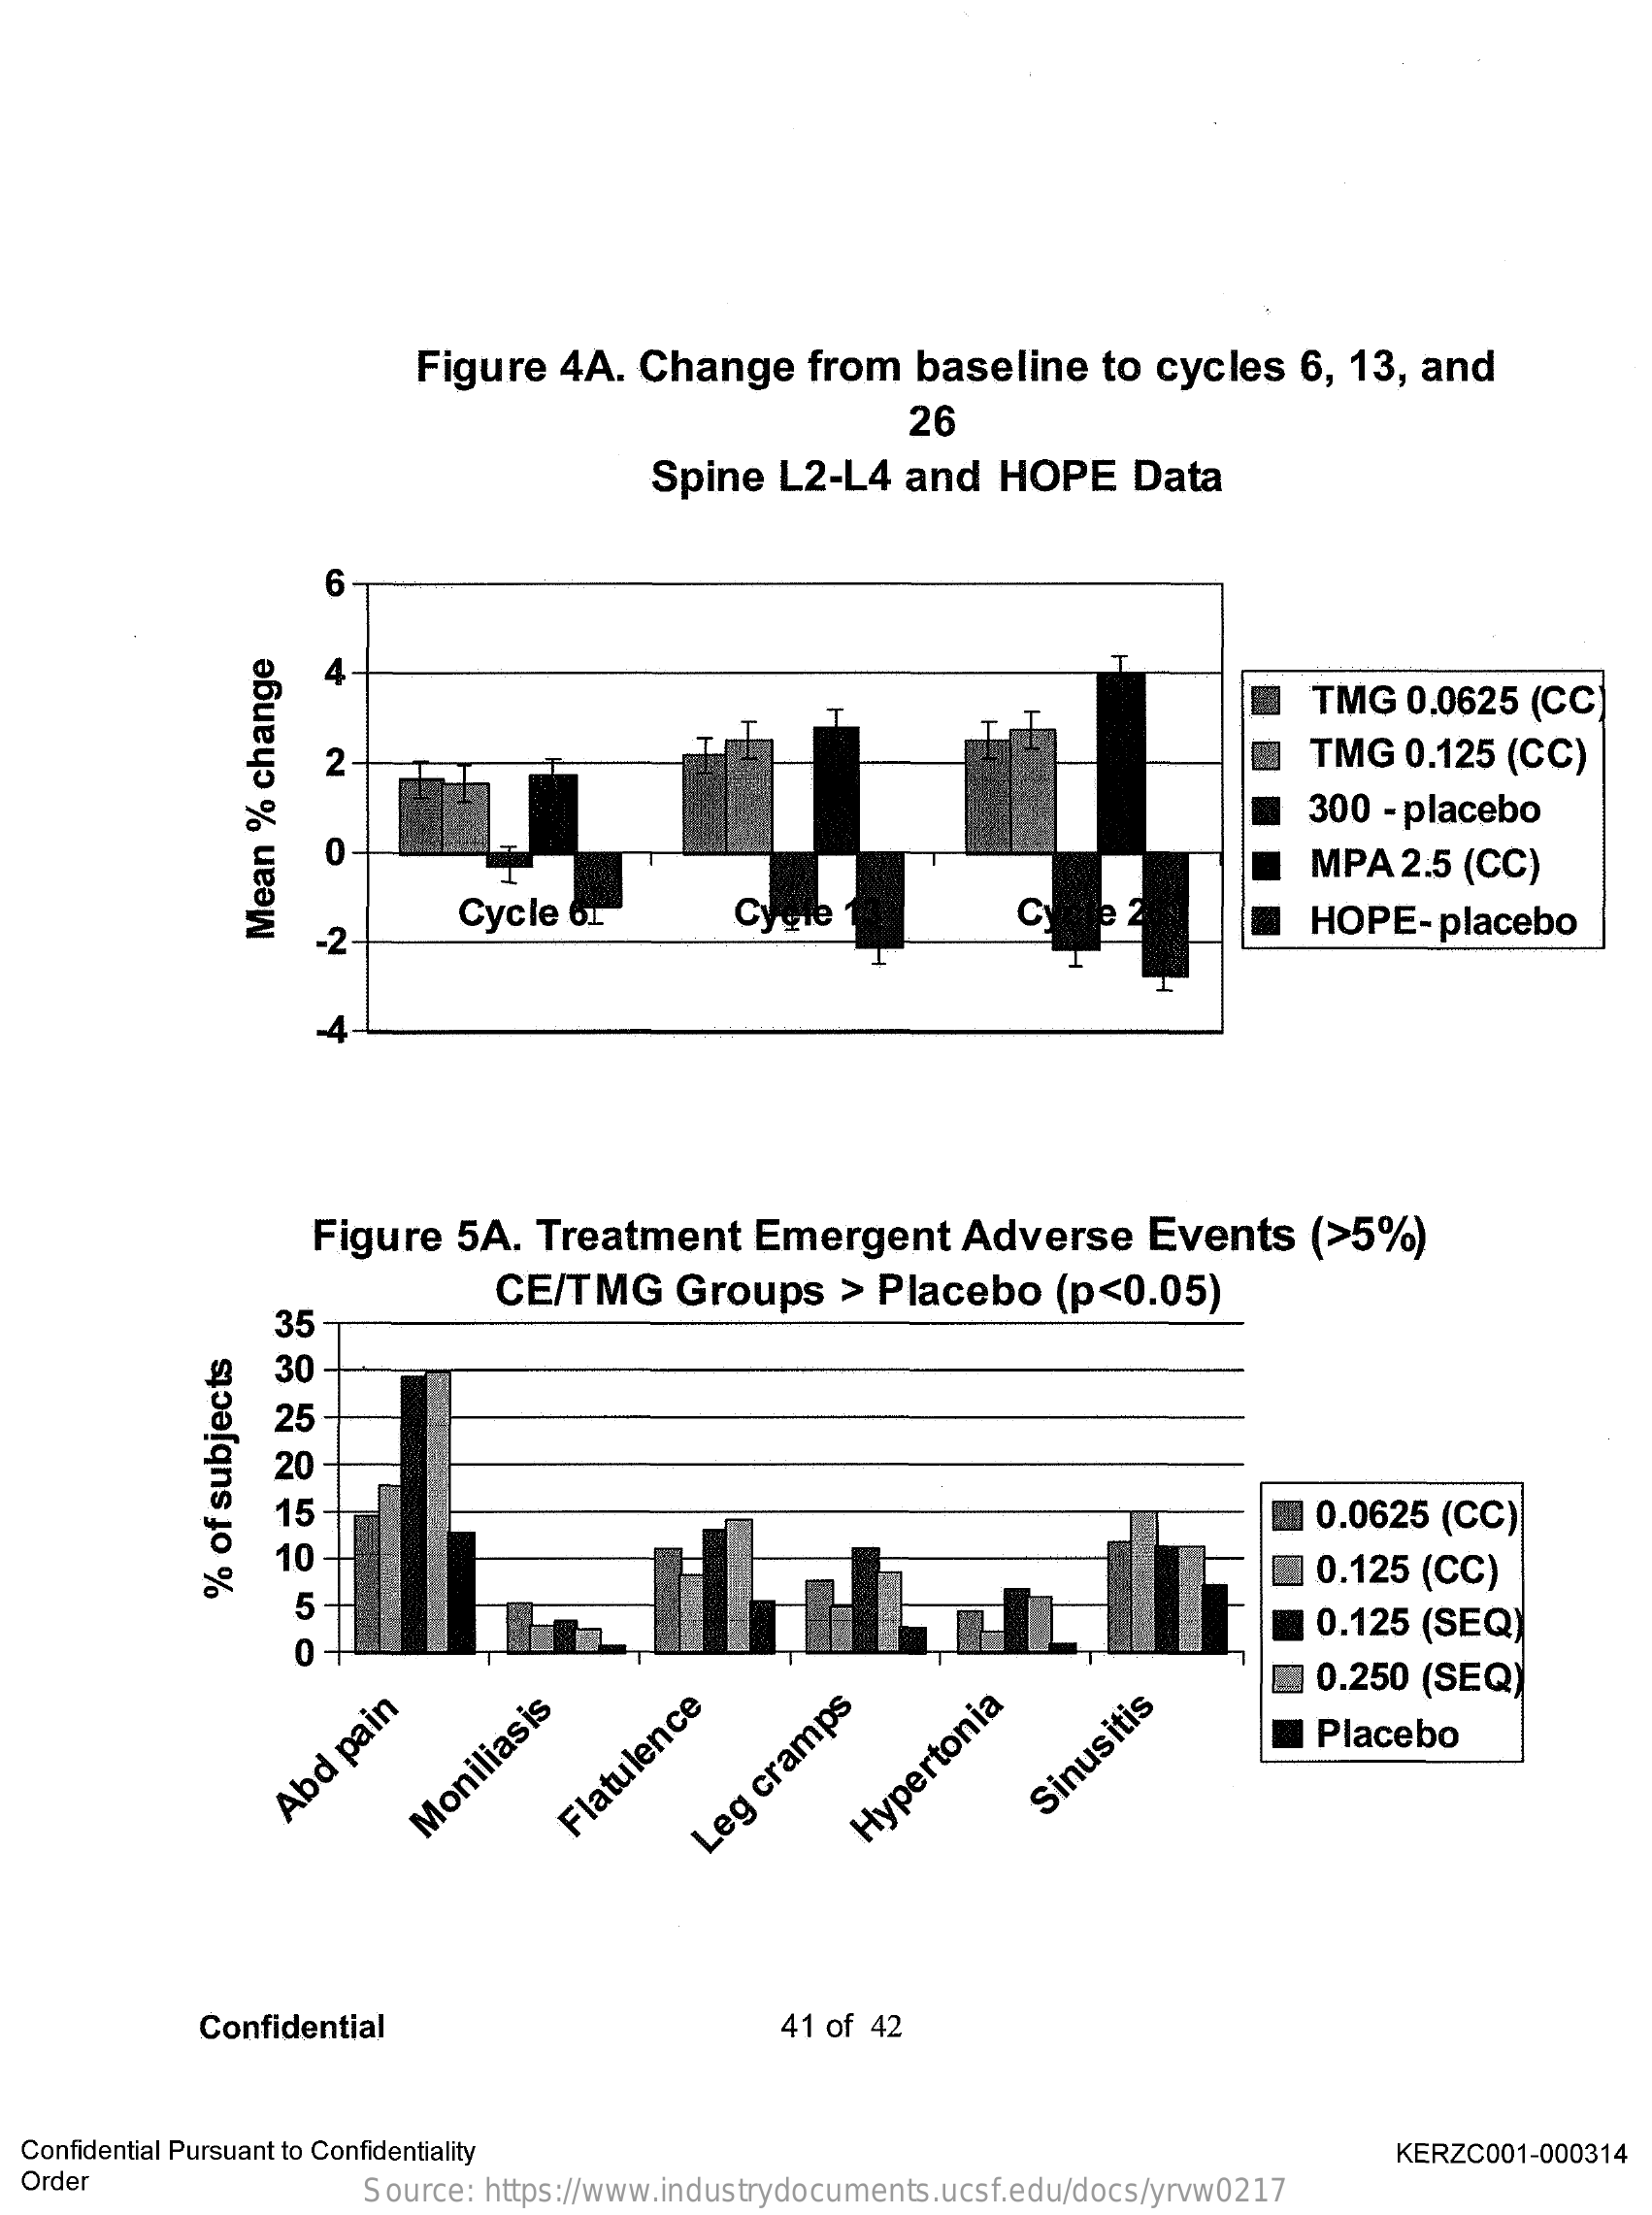
Figure 4A. Change   from baseline to cycles 6, 13, and
     26
     Spine L2-L4  and HOPE   Data
     6
     TMG  0.0625 (CC)
     2    TMG  0.125 (CC)
     300 - placebo
     0    MPA  2.5 (CC)
     -2
     Cycle 61    Cycle    HOPE-placebo
     Mean
     %
     change
     -4
     Figure 5A. Treatment  Emergent   Adverse  Events  (>5%)
     CE/TMG   Groups  > Placebo  (p<0.05)
     35
     30
     25
     20
     _ 0.0625 (CC)
     10    0.125 (CC)
     5
     @ 0.125 (SEQ)
     %
     of
     subjects
     0
     0.250 (SEQ)
     _ Placebo
     Abd
     pain Moniliasis Flatulence    Sinusitis
     Leg
     cramps Hypertonia
     Confidential    41 of 42
  Confidential Pursuant to Confidentiality    KERZC001-000314
  Order    Source: https://www.industrydocuments.ucsf.edu/docs/yrvw0217